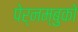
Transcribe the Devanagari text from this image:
पेर्नम्बुको